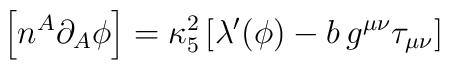
\left[n^{A}\partial_{A}\phi\right]=\kappa_{5}^2\left[\lambda'(\phi)-b\,g^{\mu\nu}\tau_{\mu\nu}\right]